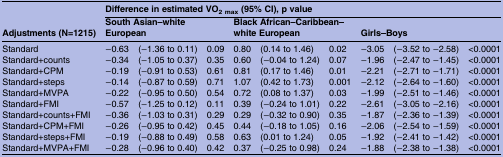
<table><thead><tr><td>[EMPTY_CELL]</td><td colspan="9"><b>Difference in estimated VO<sub>2 max</sub> (95% CI), p value</b></td></tr><tr><td><b>Adjustments (N=1215)</b></td><td colspan="3"><b>South Asian–white European</b></td><td colspan="3"><b>Black African–Caribbean–white European</b></td><td colspan="3"><b>Girls–Boys</b></td></tr></thead><tbody><tr><td>Standard</td><td>−0.63</td><td>(−1.36 to 0.11)</td><td>0.09</td><td>0.80</td><td>(0.14 to 1.46)</td><td>0.02</td><td>−3.05</td><td>(−3.52 to −2.58)</td><td>&lt;0.0001</td></tr><tr><td>Standard+counts</td><td>−0.34</td><td>(−1.05 to 0.37)</td><td>0.35</td><td>0.60</td><td>(−0.04 to 1.24)</td><td>0.07</td><td>−1.96</td><td>(−2.47 to −1.45)</td><td>&lt;0.0001</td></tr><tr><td>Standard+CPM</td><td>−0.19</td><td>(−0.91 to 0.53)</td><td>0.61</td><td>0.81</td><td>(0.17 to 1.46)</td><td>0.01</td><td>−2.21</td><td>(−2.71 to −1.71)</td><td>&lt;0.0001</td></tr><tr><td>Standard+steps</td><td>−0.14</td><td>(−0.87 to 0.59)</td><td>0.71</td><td>1.07</td><td>(0.42 to 1.73)</td><td>0.001</td><td>−2.12</td><td>(−2.64 to −1.60)</td><td>&lt;0.0001</td></tr><tr><td>Standard+MVPA</td><td>−0.22</td><td>(−0.95 to 0.50)</td><td>0.54</td><td>0.72</td><td>(0.08 to 1.37)</td><td>0.03</td><td>−1.99</td><td>(−2.51 to −1.46)</td><td>&lt;0.0001</td></tr><tr><td>Standard+FMI</td><td>−0.57</td><td>(−1.25 to 0.12)</td><td>0.11</td><td>0.39</td><td>(−0.24 to 1.01)</td><td>0.22</td><td>−2.61</td><td>(−3.05 to −2.16)</td><td>&lt;0.0001</td></tr><tr><td>Standard+counts+FMI</td><td>−0.36</td><td>(−1.03 to 0.31)</td><td>0.29</td><td>0.29</td><td>(−0.32 to 0.90)</td><td>0.35</td><td>−1.87</td><td>(−2.36 to −1.39)</td><td>&lt;0.0001</td></tr><tr><td>Standard+CPM+FMI</td><td>−0.26</td><td>(−0.95 to 0.42)</td><td>0.45</td><td>0.44</td><td>(−0.18 to 1.05)</td><td>0.16</td><td>−2.06</td><td>(−2.54 to −1.59)</td><td>&lt;0.0001</td></tr><tr><td>Standard+steps+FMI</td><td>−0.19</td><td>(−0.88 to 0.49)</td><td>0.58</td><td>0.63</td><td>(0.01 to 1.24)</td><td>0.05</td><td>−1.92</td><td>(−2.41 to −1.42)</td><td>&lt;0.0001</td></tr><tr><td>Standard+MVPA+FMI</td><td>−0.28</td><td>(−0.96 to 0.40)</td><td>0.42</td><td>0.37</td><td>(−0.25 to 0.98)</td><td>0.24</td><td>−1.88</td><td>(−2.38 to −1.38)</td><td>&lt;0.0001</td></tr></tbody></table>